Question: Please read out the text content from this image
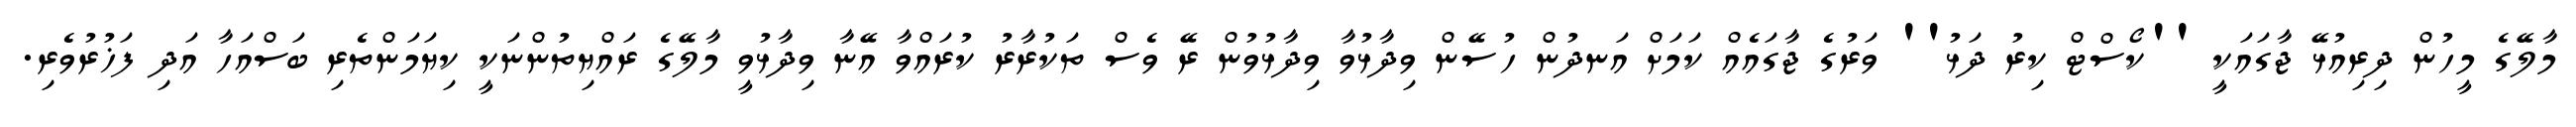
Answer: މާލޭގެ މީހުން ދިރިއުޅޭ ޖާގައަކީ ''ކޯސްޓް ކިރު ދަޅު'' ވަރުގެ ޖާގައެއް ކަމަށް އަނދުން ހުސޭން ވިދާޅުވާ ވިދާޅުވުން ރޭ ވެސް ތަކުރާރު ކުރައްވާ އޭނާ ވިދާޅުވީ މާލޭގެ ރައްޔިތުންނަކީ ކިޔަމަންތެރި ބަސްއަހާ އަދި ފަޚުރުވެރި.